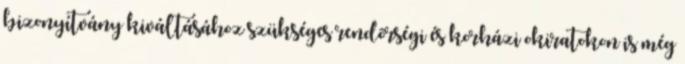
bizonyítvány kiváltásához szükséges rendõrségi és korházi okiratokon is még